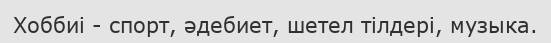
Хоббиі - спорт, әдебиет, шетел тілдері, музыка.